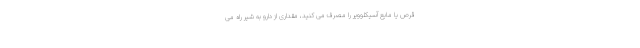
قرص یا مایع آسیکلوویر را مصرف می کنید، مقداری از دارو به شیر راه می